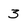
Character: 3